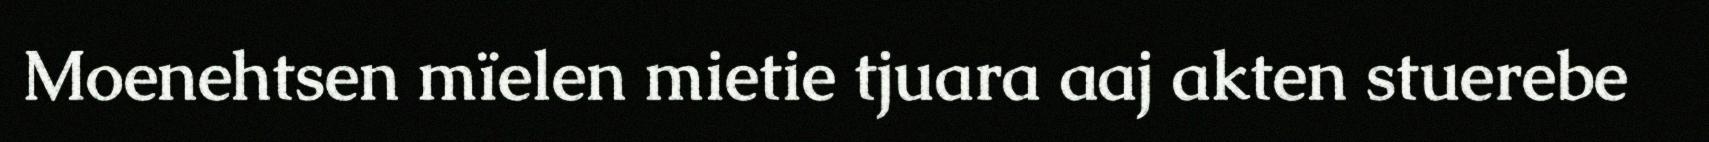
Moenehtsen mïelen mietie tjuara aaj akten stuerebe